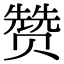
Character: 赞